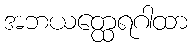
အဘယတ္ထေရဂါထာ